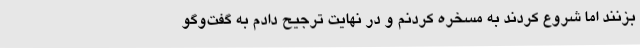
بزنند اما شروع کردند به مسخره کردنم و در نهایت ترجیح دادم به گفت‌وگو